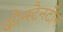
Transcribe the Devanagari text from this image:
कौन्स्टैनटीन